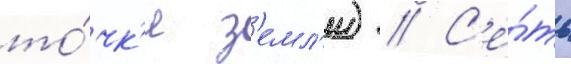
то́чк'и з'емл'и) // С'е́ть